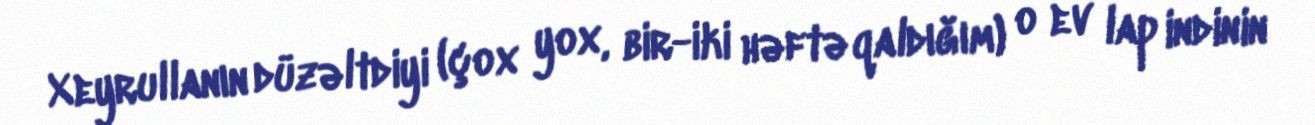
Xeyrullanın düzəltdiyi (çox yox, bir-iki həftə qaldığım) o ev lap indinin